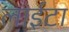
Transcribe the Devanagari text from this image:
लाईटा